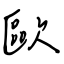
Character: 歐